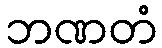
ဘဏတံ